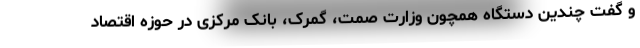
و گفت چندین دستگاه همچون وزارت صمت، گمرک، بانک مرکزی در حوزه اقتصاد